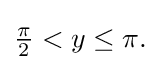
{\textstyle {\frac {\pi }{2}}<y\leq \pi .}